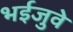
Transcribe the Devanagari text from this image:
भईजुवे